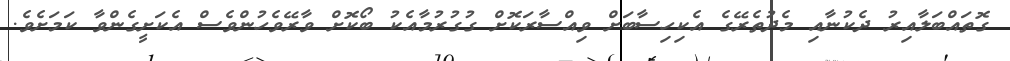
ގޮތައްބަލާއިރު ދެކުނާއި މެދުތެރޭގެ އެކިހިސާބަށް ވިއްސާރަކޮށް ގުގުރުމާއެކު ބޯކޮށް ވާރޭވެހުންވެސް އެކަށީގެންވާ ކަމަށެވެ.